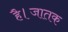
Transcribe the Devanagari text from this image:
है।जातक